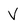
Character: V